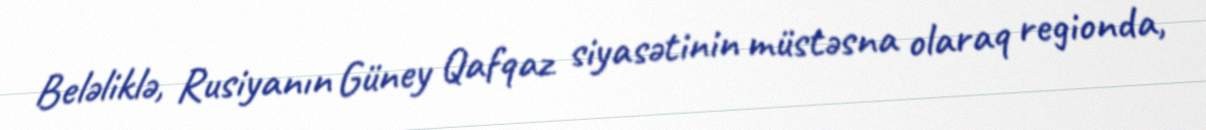
Beləliklə, Rusiyanın Güney Qafqaz siyasətinin müstəsna olaraq regionda,